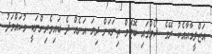
އަޒްލީމާއާއެކު ރޭގެ ޝޯވްގައި ބޮޓޮމް ތިނަކަށް ދިޔަ އަނެއް ދެ ބައިވެރިންނަކީ މުހައްމަދު